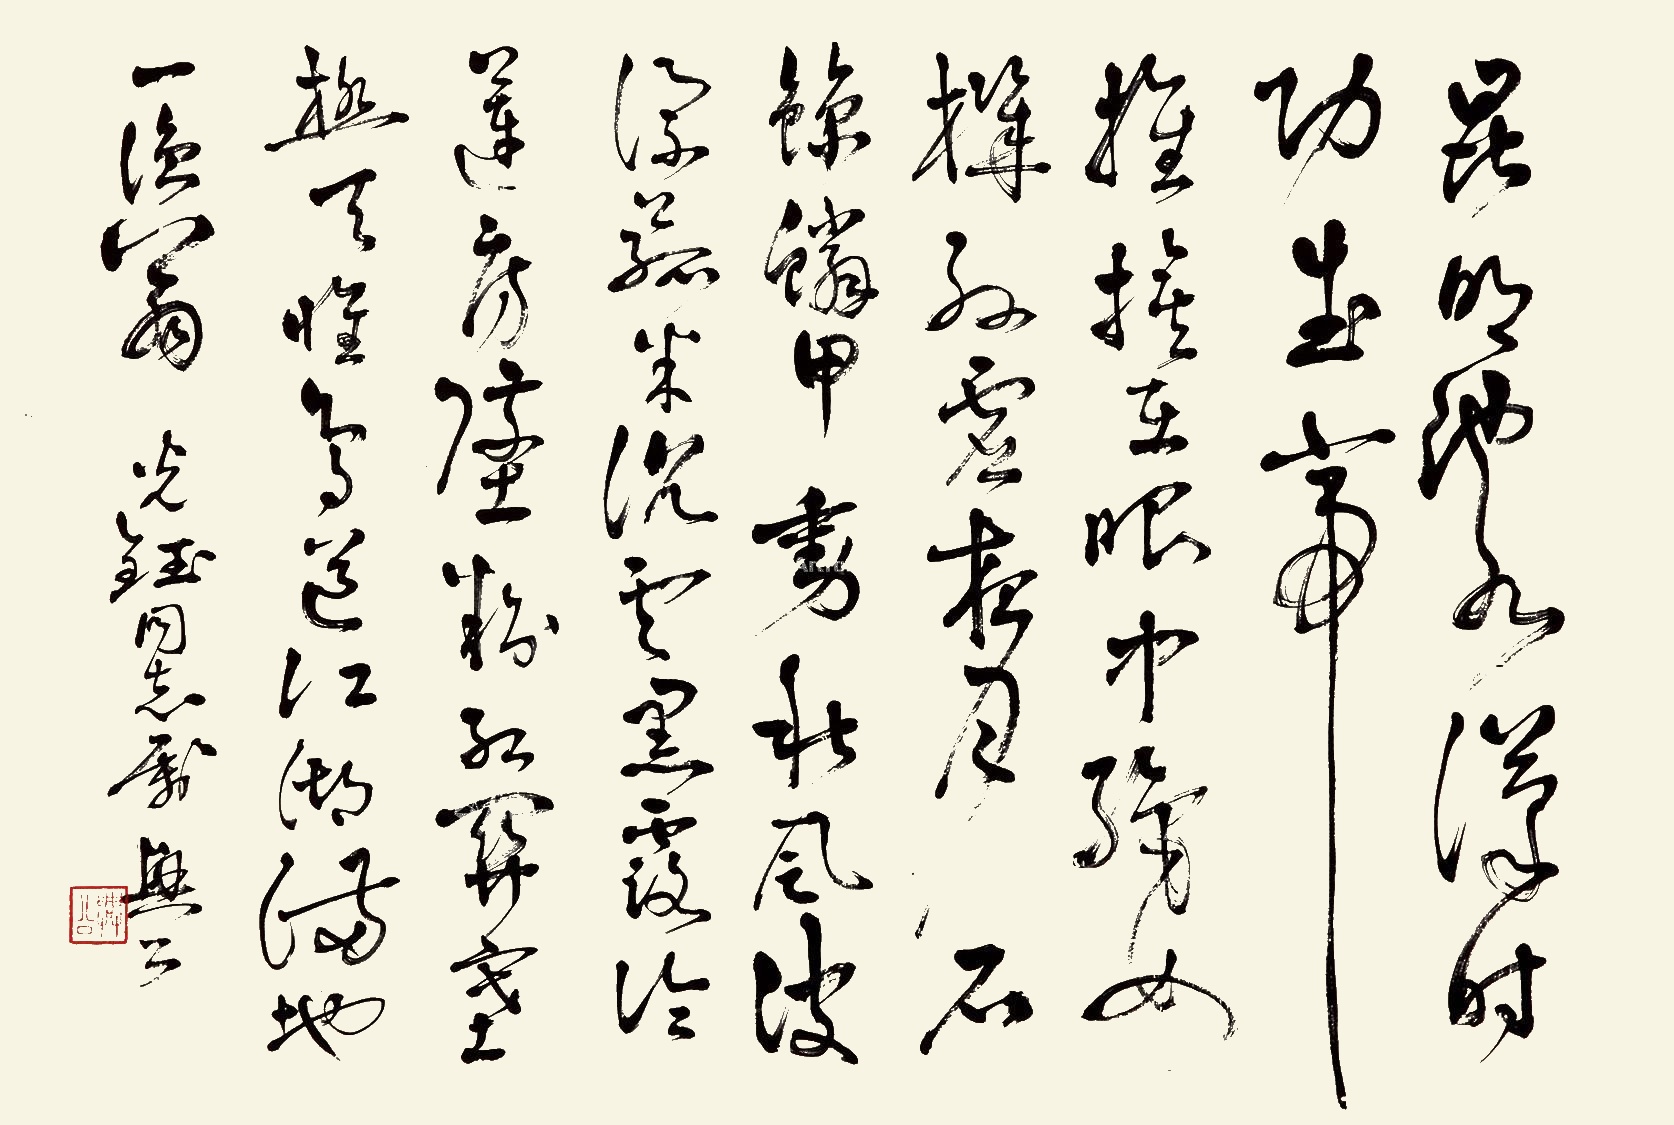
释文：昆明池水汉时功，武帝旌旗在眼中。织女机丝虚夜月，石鲸鳞甲动秋风。波漂菰米沉云黑，露冷莲房坠粉红。关塞极天唯鸟道，江湖满地一渔翁。光钰同志嘱，兴公。